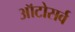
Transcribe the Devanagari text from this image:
ऑटोसर्व